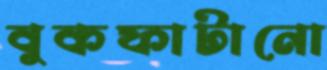
বুকফাটানো